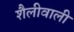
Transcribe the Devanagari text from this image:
शैलीवाली